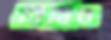
বিধিও